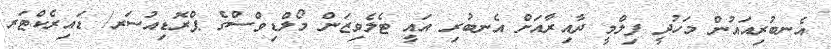
އެނބުރިއައުން މަހުދީ ފިލްމީ ދާއިރާއަށް އެނބުރި އައީ ޓެލެވިޒަން މޯލްޑިވްސްގެ ޕްރޮޑިއުސަރ/ ޑައިރެކްޓަރ